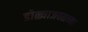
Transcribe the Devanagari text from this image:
डोळ्याजवळच्या